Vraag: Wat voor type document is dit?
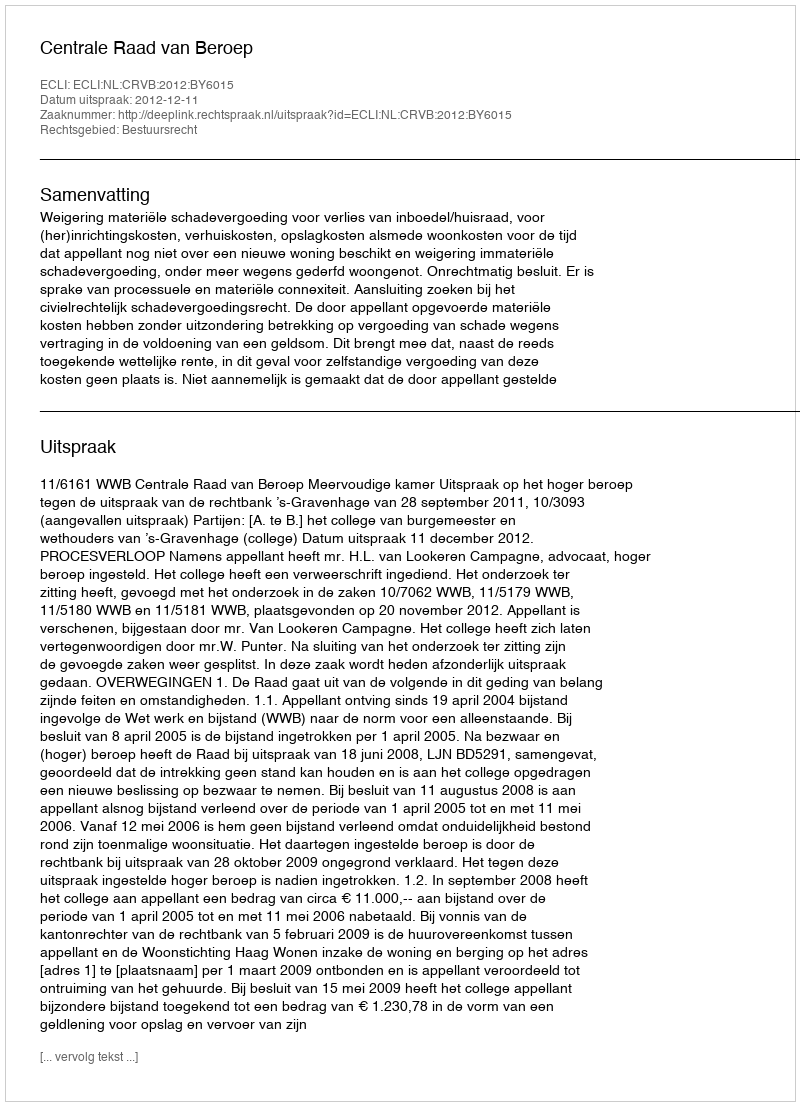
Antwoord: Uitspraak